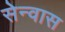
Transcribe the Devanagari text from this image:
सेन्वास